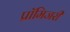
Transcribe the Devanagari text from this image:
प्रॉमिजरी